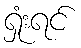
ရှုံးရင်